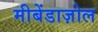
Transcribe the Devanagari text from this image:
मीबेंडाज़ोल